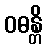
ဝဓန္တိ